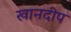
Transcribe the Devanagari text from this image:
खानदीप